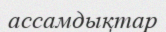
ассамдықтар